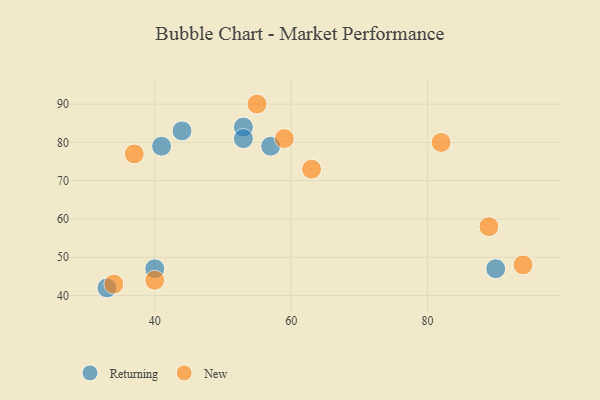
{"axis": {"x": "GDP", "y": "Life Expectancy"}, "legend": ["New", "Returning"], "data": [{"x": "90", "y": 47, "type": "Returning"}, {"x": "53", "y": 84, "type": "Returning"}, {"x": "33", "y": 42, "type": "Returning"}, {"x": "41", "y": 79, "type": "Returning"}, {"x": "40", "y": 47, "type": "Returning"}, {"x": "57", "y": 79, "type": "Returning"}, {"x": "44", "y": 83, "type": "Returning"}, {"x": "53", "y": 81, "type": "Returning"}, {"x": "59", "y": 81, "type": "New"}, {"x": "94", "y": 48, "type": "New"}, {"x": "82", "y": 80, "type": "New"}, {"x": "55", "y": 90, "type": "New"}, {"x": "63", "y": 73, "type": "New"}, {"x": "34", "y": 43, "type": "New"}, {"x": "40", "y": 44, "type": "New"}, {"x": "89", "y": 58, "type": "New"}, {"x": "37", "y": 77, "type": "New"}]}